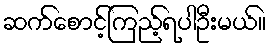
ဆက်စောင့်ကြည့်ရပါဦးမယ်။